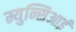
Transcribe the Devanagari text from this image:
म्युन्सिआई